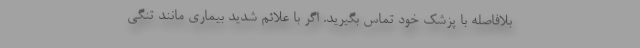
بلافاصله با پزشک خود تماس بگیرید. اگر با علائم شدید بیماری مانند تنگی